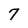
Character: 7